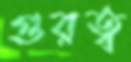
গুরত্ব